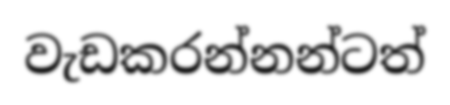
වැඩකරන්නන්ටත්